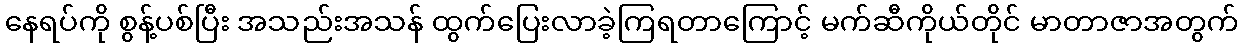
နေရပ်ကို စွန့်ပစ်ပြီး အသည်းအသန် ထွက်ပြေးလာခဲ့ကြရတာကြောင့် မက်ဆီကိုယ်တိုင် မာတာဇာအတွက်